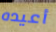
أعيده